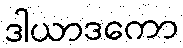
ဒါယာဒကော